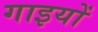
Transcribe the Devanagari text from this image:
गाइयों